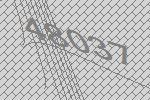
48037